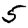
Digit: 5